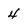
Character: 4